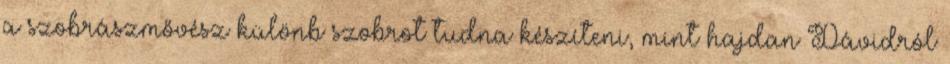
a szobrászmővész különb szobrot tudna készíteni, mint hajdan Dávidról